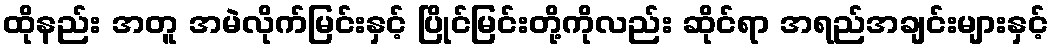
ထိုနည်း အတူ အမဲလိုက်မြင်းနှင့် ပြိုင်မြင်းတို့ကိုလည်း ဆိုင်ရာ အရည်အချင်းများနှင့်